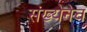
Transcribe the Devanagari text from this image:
संख्येनेच